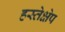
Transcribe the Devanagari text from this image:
हस्तेक्षेप